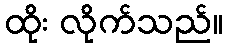
ထိုး လိုက်သည်။